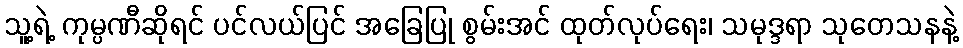
သူ့ရဲ့ ကုမ္ပဏီဆိုရင် ပင်လယ်ပြင် အခြေပြု စွမ်းအင် ထုတ်လုပ်ရေး၊ သမုဒ္ဒရာ သုတေသနနဲ့